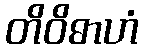
တိဝိဓာဟံ